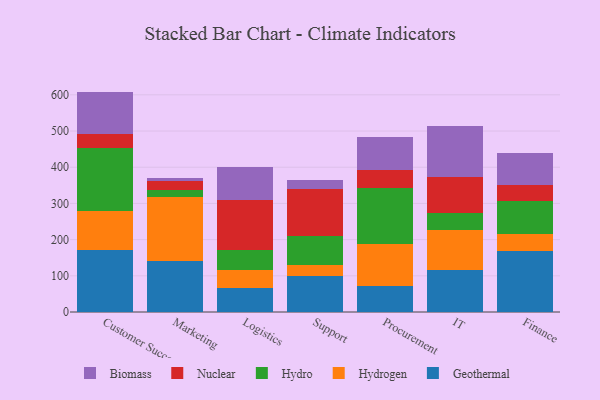
{"axis": {"x": "Department", "y": "Operating Costs (USD K)"}, "legend": ["Biomass", "Geothermal", "Hydro", "Hydrogen", "Nuclear"], "data": [{"x": "Customer Success", "y": 171.1, "type": "Geothermal"}, {"x": "Customer Success", "y": 108.0, "type": "Hydrogen"}, {"x": "Customer Success", "y": 173.2, "type": "Hydro"}, {"x": "Customer Success", "y": 40.2, "type": "Nuclear"}, {"x": "Customer Success", "y": 116.4, "type": "Biomass"}, {"x": "Marketing", "y": 141.1, "type": "Geothermal"}, {"x": "Marketing", "y": 177.2, "type": "Hydrogen"}, {"x": "Marketing", "y": 18.4, "type": "Hydro"}, {"x": "Marketing", "y": 25.7, "type": "Nuclear"}, {"x": "Marketing", "y": 7.1, "type": "Biomass"}, {"x": "Logistics", "y": 67.1, "type": "Geothermal"}, {"x": "Logistics", "y": 48.5, "type": "Hydrogen"}, {"x": "Logistics", "y": 55.9, "type": "Hydro"}, {"x": "Logistics", "y": 138.5, "type": "Nuclear"}, {"x": "Logistics", "y": 89.7, "type": "Biomass"}, {"x": "Support", "y": 99.2, "type": "Geothermal"}, {"x": "Support", "y": 31.9, "type": "Hydrogen"}, {"x": "Support", "y": 78.8, "type": "Hydro"}, {"x": "Support", "y": 131.0, "type": "Nuclear"}, {"x": "Support", "y": 24.3, "type": "Biomass"}, {"x": "Procurement", "y": 71.3, "type": "Geothermal"}, {"x": "Procurement", "y": 116.2, "type": "Hydrogen"}, {"x": "Procurement", "y": 154.8, "type": "Hydro"}, {"x": "Procurement", "y": 50.1, "type": "Nuclear"}, {"x": "Procurement", "y": 91.7, "type": "Biomass"}, {"x": "IT", "y": 114.7, "type": "Geothermal"}, {"x": "IT", "y": 111.9, "type": "Hydrogen"}, {"x": "IT", "y": 47.6, "type": "Hydro"}, {"x": "IT", "y": 97.6, "type": "Nuclear"}, {"x": "IT", "y": 141.2, "type": "Biomass"}, {"x": "Finance", "y": 169.5, "type": "Geothermal"}, {"x": "Finance", "y": 47.2, "type": "Hydrogen"}, {"x": "Finance", "y": 88.6, "type": "Hydro"}, {"x": "Finance", "y": 46.9, "type": "Nuclear"}, {"x": "Finance", "y": 85.9, "type": "Biomass"}]}